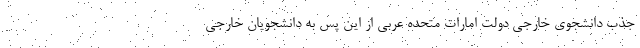
جذب دانشجوی خارجی دولت امارات متحده‌ عربی از این پس به دانشجویان خارجی